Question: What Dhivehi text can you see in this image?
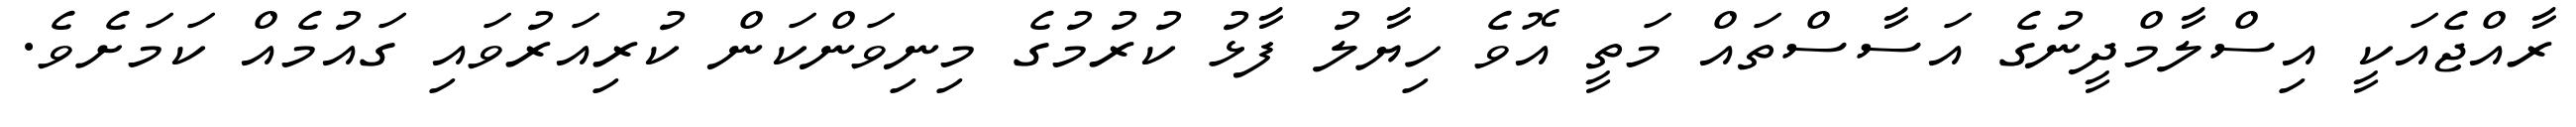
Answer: ރާއްޖެއަކީ އިސްލާމްދީނުގެ އަސާސްތައް މަތީ އޮވެ ހިޔާލު ފާޅު ކުރުމުގެ މިނިވަންކަން ކުރިއަރުވައި ގައުމެއް ކަމަށެވެ.